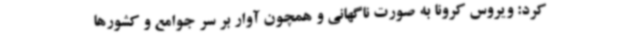
کرد: ویروس کرونا به صورت ناگهانی و همچون آوار بر سر جوامع و کشورها